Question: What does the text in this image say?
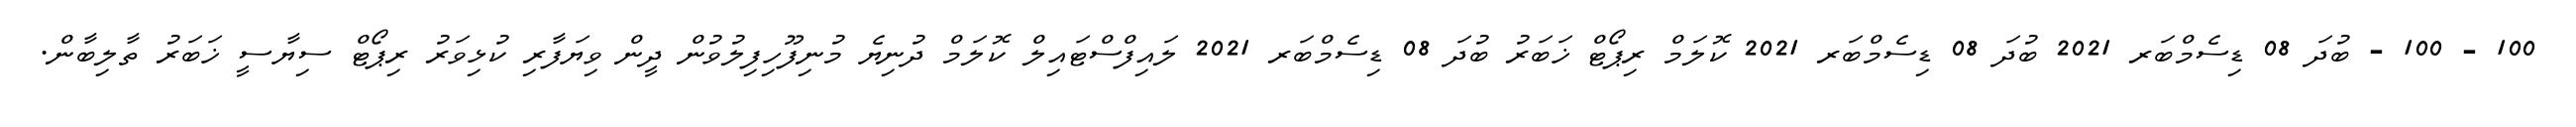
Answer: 100 - 100 - ބުދަ 08 ޑިސެމްބަރ 2021 ބުދަ 08 ޑިސެމްބަރ 2021 ކޮލަމް ރިޕޯޓް ޚަބަރު ބުދަ 08 ޑިސެމްބަރ 2021 ލައިފްސްޓައިލް ކޮލަމް ދުނިޔެ މުނިފޫހިފިލުވުން ދީން ވިޔަފާރި ކުޅިވަރު ރިޕޯޓް ސިޔާސީ ޚަބަރު ތާލިބާން.